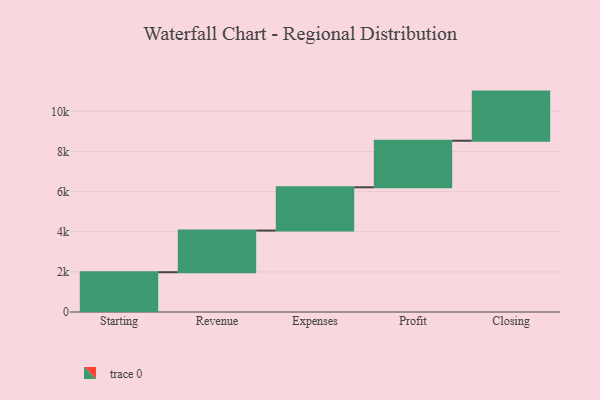
{"axis": {"x": "Step", "y": "Value"}, "legend": [""], "data": [{"x": "Starting", "y": 1982.0, "type": ""}, {"x": "Revenue", "y": 2076.0, "type": ""}, {"x": "Expenses", "y": 2157.0, "type": ""}, {"x": "Profit", "y": 2321.0, "type": ""}, {"x": "Closing", "y": 2448.0, "type": ""}]}